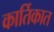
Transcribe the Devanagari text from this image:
कार्तिकात